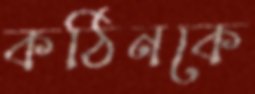
কঠিনকে